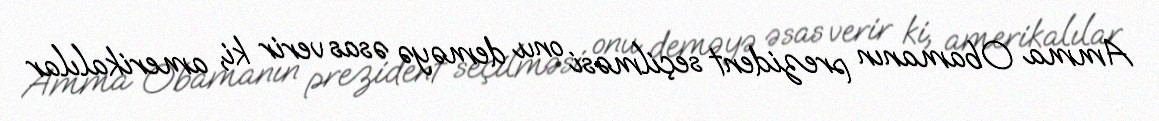
Amma Obamanın prezident seçilməsi onu deməyə əsas verir ki, amerikalılar